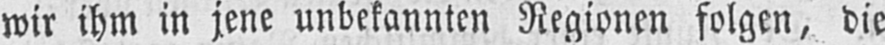
wir ihm in jene unbekannten Regionen folgen, die